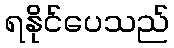
ရနိုင်ပေသည်